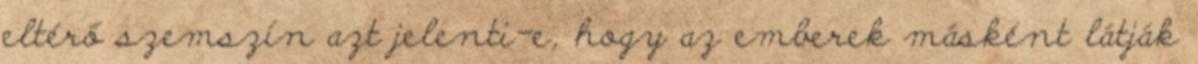
eltérő szemszín azt jelenti-e, hogy az emberek másként látják